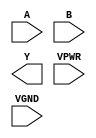
module sky130_fd_sc_hs__nor2 (
    //# {{data|Data Signals}}
    input  A   ,
    input  B   ,
    output Y   ,

    //# {{power|Power}}
    input  VPWR,
    input  VGND
);
endmodule